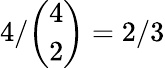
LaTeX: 4/\binom{4}{2}=2/3